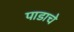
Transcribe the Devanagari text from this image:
पाडाचे